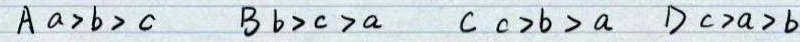
$A\ a>b>c\ \ B\ b>c>a\ \ C\ c>b>a\ \ D\ c>a>b$